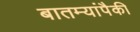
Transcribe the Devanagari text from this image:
बातम्यांपैकी